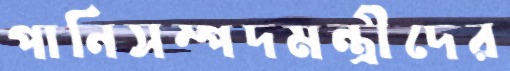
পানিসম্পদমন্ত্রীদের